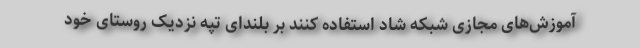
آموزش‌های مجازی شبکه شاد استفاده کنند بر بلندای تپه نزدیک روستای خود